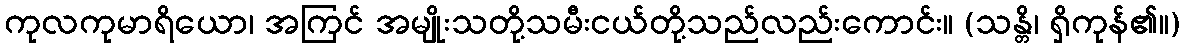
ကုလကုမာရိယော၊ အကြင် အမျိုးသတို့သမီးငယ်တို့သည်လည်းကောင်း။ (သန္တိ၊ ရှိကုန်၏။)